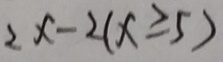
2 x - 2 ( x \geq 5 )